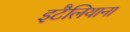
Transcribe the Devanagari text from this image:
इटैलियाना